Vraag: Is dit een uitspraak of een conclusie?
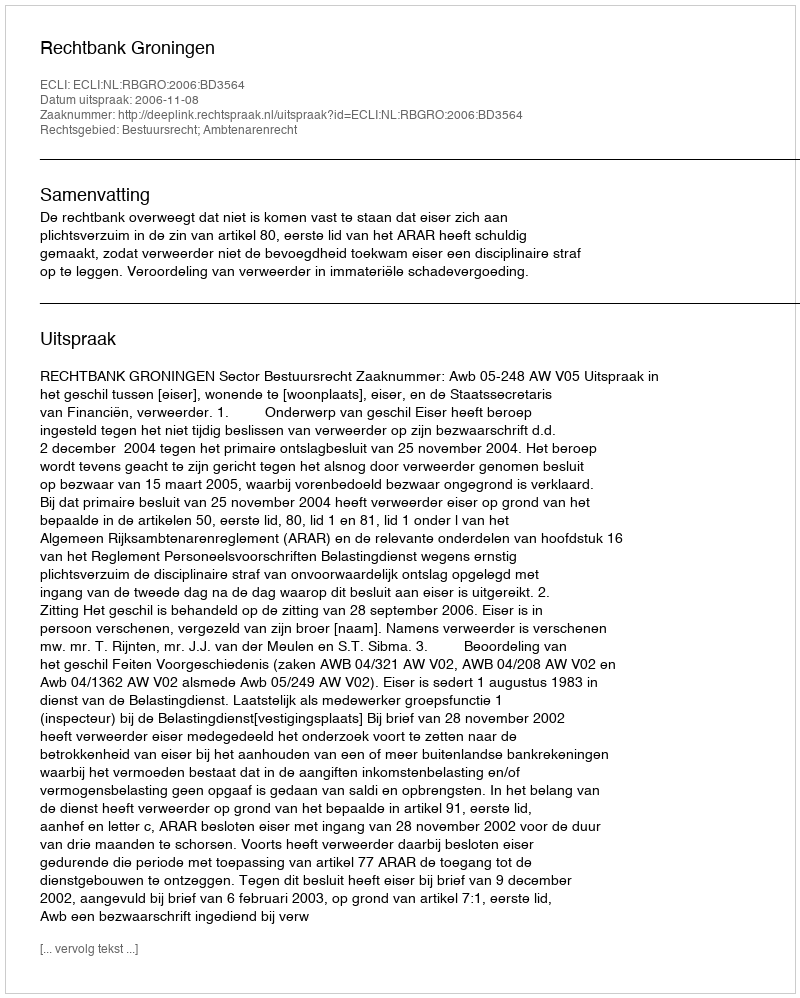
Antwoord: Uitspraak